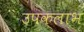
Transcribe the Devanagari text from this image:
उपकलाभ